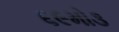
૬૯મો૩